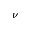
\nu